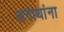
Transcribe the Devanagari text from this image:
अनाथांना